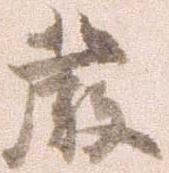
厳